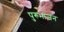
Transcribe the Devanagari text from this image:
पुरुभाजन